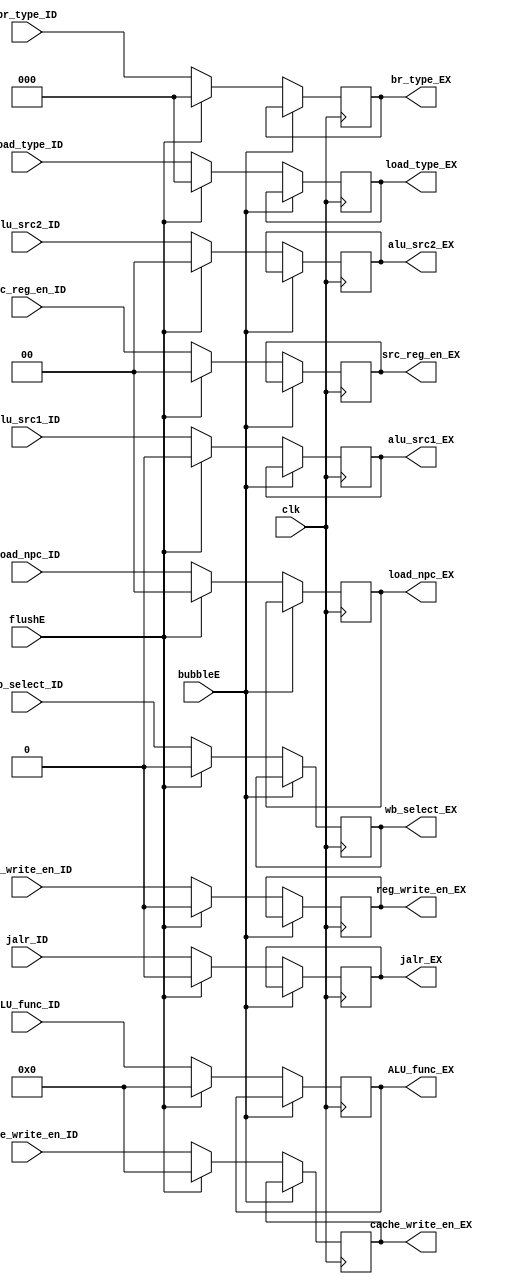
`timescale 1ns / 1ps
//////////////////////////////////////////////////////////////////////////////////
// Company: USTC ESLAB
// 
// Design Name: RV32I Core
// Module Name: Control Signal Seg Reg
// Tool Versions: Vivado 2017.4.1
// Description: Control signal seg reg for ID\EX
// 
//////////////////////////////////////////////////////////////////////////////////


//  
    // ID\EX
// 
    // clk                  
    // jalr_ID              jalr
    // ALU_func_ID          ALU
    // br_type_ID           branchbranch
    // load_npc_ID          PCALU
    // wb_select_ID         CacheALU
    // load_type_ID         load
    // src_reg_en_ID        src reg
    // reg_write_en_ID      
    // cache_write_en_ID    data cache
    // alu_src1_ID          alu1alu_src1 == 0reg1alu_src1 == 1PC
    // alu_src2_ID          alu2alu_src2 == 2b00reg2alu_src2 == 2'b01reg2alu_src2 == 2'b10
    // bubbleE              EXbubble
    // flushE               EXflush
// 
    // jalr_EX              jalr
    // ALU_func_EX          ALU
    // br_type_EX           branchbranch
    // load_npc_EX          PCALU
    // wb_select_EX         CacheALU
    // load_type_EX         load
    // src_reg_en_EX        src reg
    // reg_write_en_EX      
    // cache_write_en_EX    data cache
    // alu_src1_EX          alu1
    // alu_src2_EX          alu2

//   
    // 




module Ctrl_EX(
    input wire clk, bubbleE, flushE,
    input wire jalr_ID,
    input wire [3:0] ALU_func_ID,
    input wire [2:0] br_type_ID,
    input wire [1:0]load_npc_ID,
    input wire wb_select_ID,
    input wire [2:0] load_type_ID,
    input wire [1:0] src_reg_en_ID,
    input wire reg_write_en_ID,
    input wire [3:0] cache_write_en_ID,
    input wire alu_src1_ID,
    input wire [1:0] alu_src2_ID,
    output reg jalr_EX,
    output reg [3:0] ALU_func_EX,
    output reg [2:0] br_type_EX,
    output reg [1:0]load_npc_EX,
    output reg wb_select_EX,
    output reg [2:0] load_type_EX,
    output reg [1:0] src_reg_en_EX,
    output reg reg_write_en_EX,
    output reg [3:0] cache_write_en_EX,
    output reg alu_src1_EX,
    output reg [1:0] alu_src2_EX
    );

    initial 
    begin
        jalr_EX = 0;
        ALU_func_EX = 4'h0;
        br_type_EX = 3'h0;
        load_npc_EX = 0;
        wb_select_EX = 0;
        load_type_EX = 2'h0;
        src_reg_en_EX = 2'h0;
        reg_write_en_EX = 0;
        cache_write_en_EX = 3'h0;
        alu_src1_EX = 0;
        alu_src2_EX = 2'b0;
    end
    
    always@(posedge clk)
        if (!bubbleE) 
        begin
            if (flushE)
            begin
                jalr_EX <= 0;
                ALU_func_EX <= 4'h0;
                br_type_EX <= 3'h0;
                load_npc_EX <= 0;
                wb_select_EX <= 0;
                load_type_EX <= 2'h0;
                src_reg_en_EX <= 2'h0;
                reg_write_en_EX <= 0;
                cache_write_en_EX <= 3'h0;
                alu_src1_EX <= 0;
                alu_src2_EX <= 2'b0;
            end
            else
            begin
                jalr_EX <= jalr_ID;
                ALU_func_EX <= ALU_func_ID;
                br_type_EX <= br_type_ID;
                load_npc_EX <= load_npc_ID;
                wb_select_EX <= wb_select_ID;
                load_type_EX <= load_type_ID;
                src_reg_en_EX <= src_reg_en_ID;
                reg_write_en_EX <= reg_write_en_ID;
                cache_write_en_EX <= cache_write_en_ID;
                alu_src1_EX <= alu_src1_ID;
                alu_src2_EX <= alu_src2_ID;
            end
        end
    
endmodule